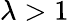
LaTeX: \lambda>1